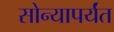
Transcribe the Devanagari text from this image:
सोन्यापर्यंत